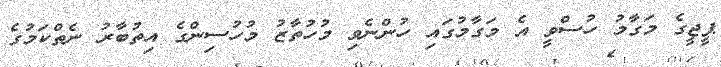
ޕީޖީގެ މަގާމު ހުސްވީ އެ މަގާމުގައި ހުންނެވި މުހުތާޒު މުހުސިންގެ އިތުބާރު ނެތްކަމުގެ